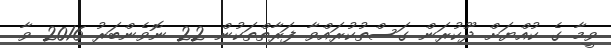
ވީމާ ގެ ކުއްޔަށް ދޫކުރަން ގަސްތުކުރައްވާ ފަރާތްތަކުން 22 ނޮވެންބަރު 2016 ވާ